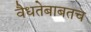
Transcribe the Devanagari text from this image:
वैधतेबाबतच